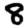
Digit: 8